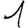
Digit: 1